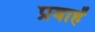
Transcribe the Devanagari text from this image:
प्रवाहें